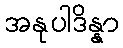
အနုပါဒိန္နာ